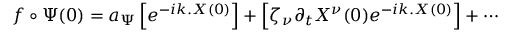
f \circ \Psi ( 0 ) = a _ { \Psi } \left[ e ^ { - i k . X ( 0 ) } \right] + \left[ \zeta _ { \nu } \partial _ { t } X ^ { \nu } ( 0 ) e ^ { - i k . X ( 0 ) } \right] + \cdots